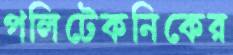
পলিটেকনিকের